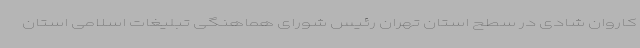
کاروان شادی در سطح استان تهران رئیس شورای هماهنگی تبلیغات اسلامی استان